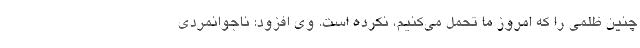
چنین ظلمی را که امروز ما تحمل می‌کنیم، نکرده است. وی افزود: ناجوانمردی